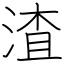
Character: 渣